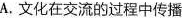
A.文化在交流的过程中传播